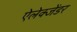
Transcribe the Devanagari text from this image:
ऐलेक्जेंडर